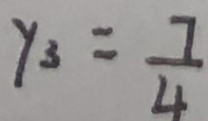
y _ { 3 } = \frac { 7 } { 4 }